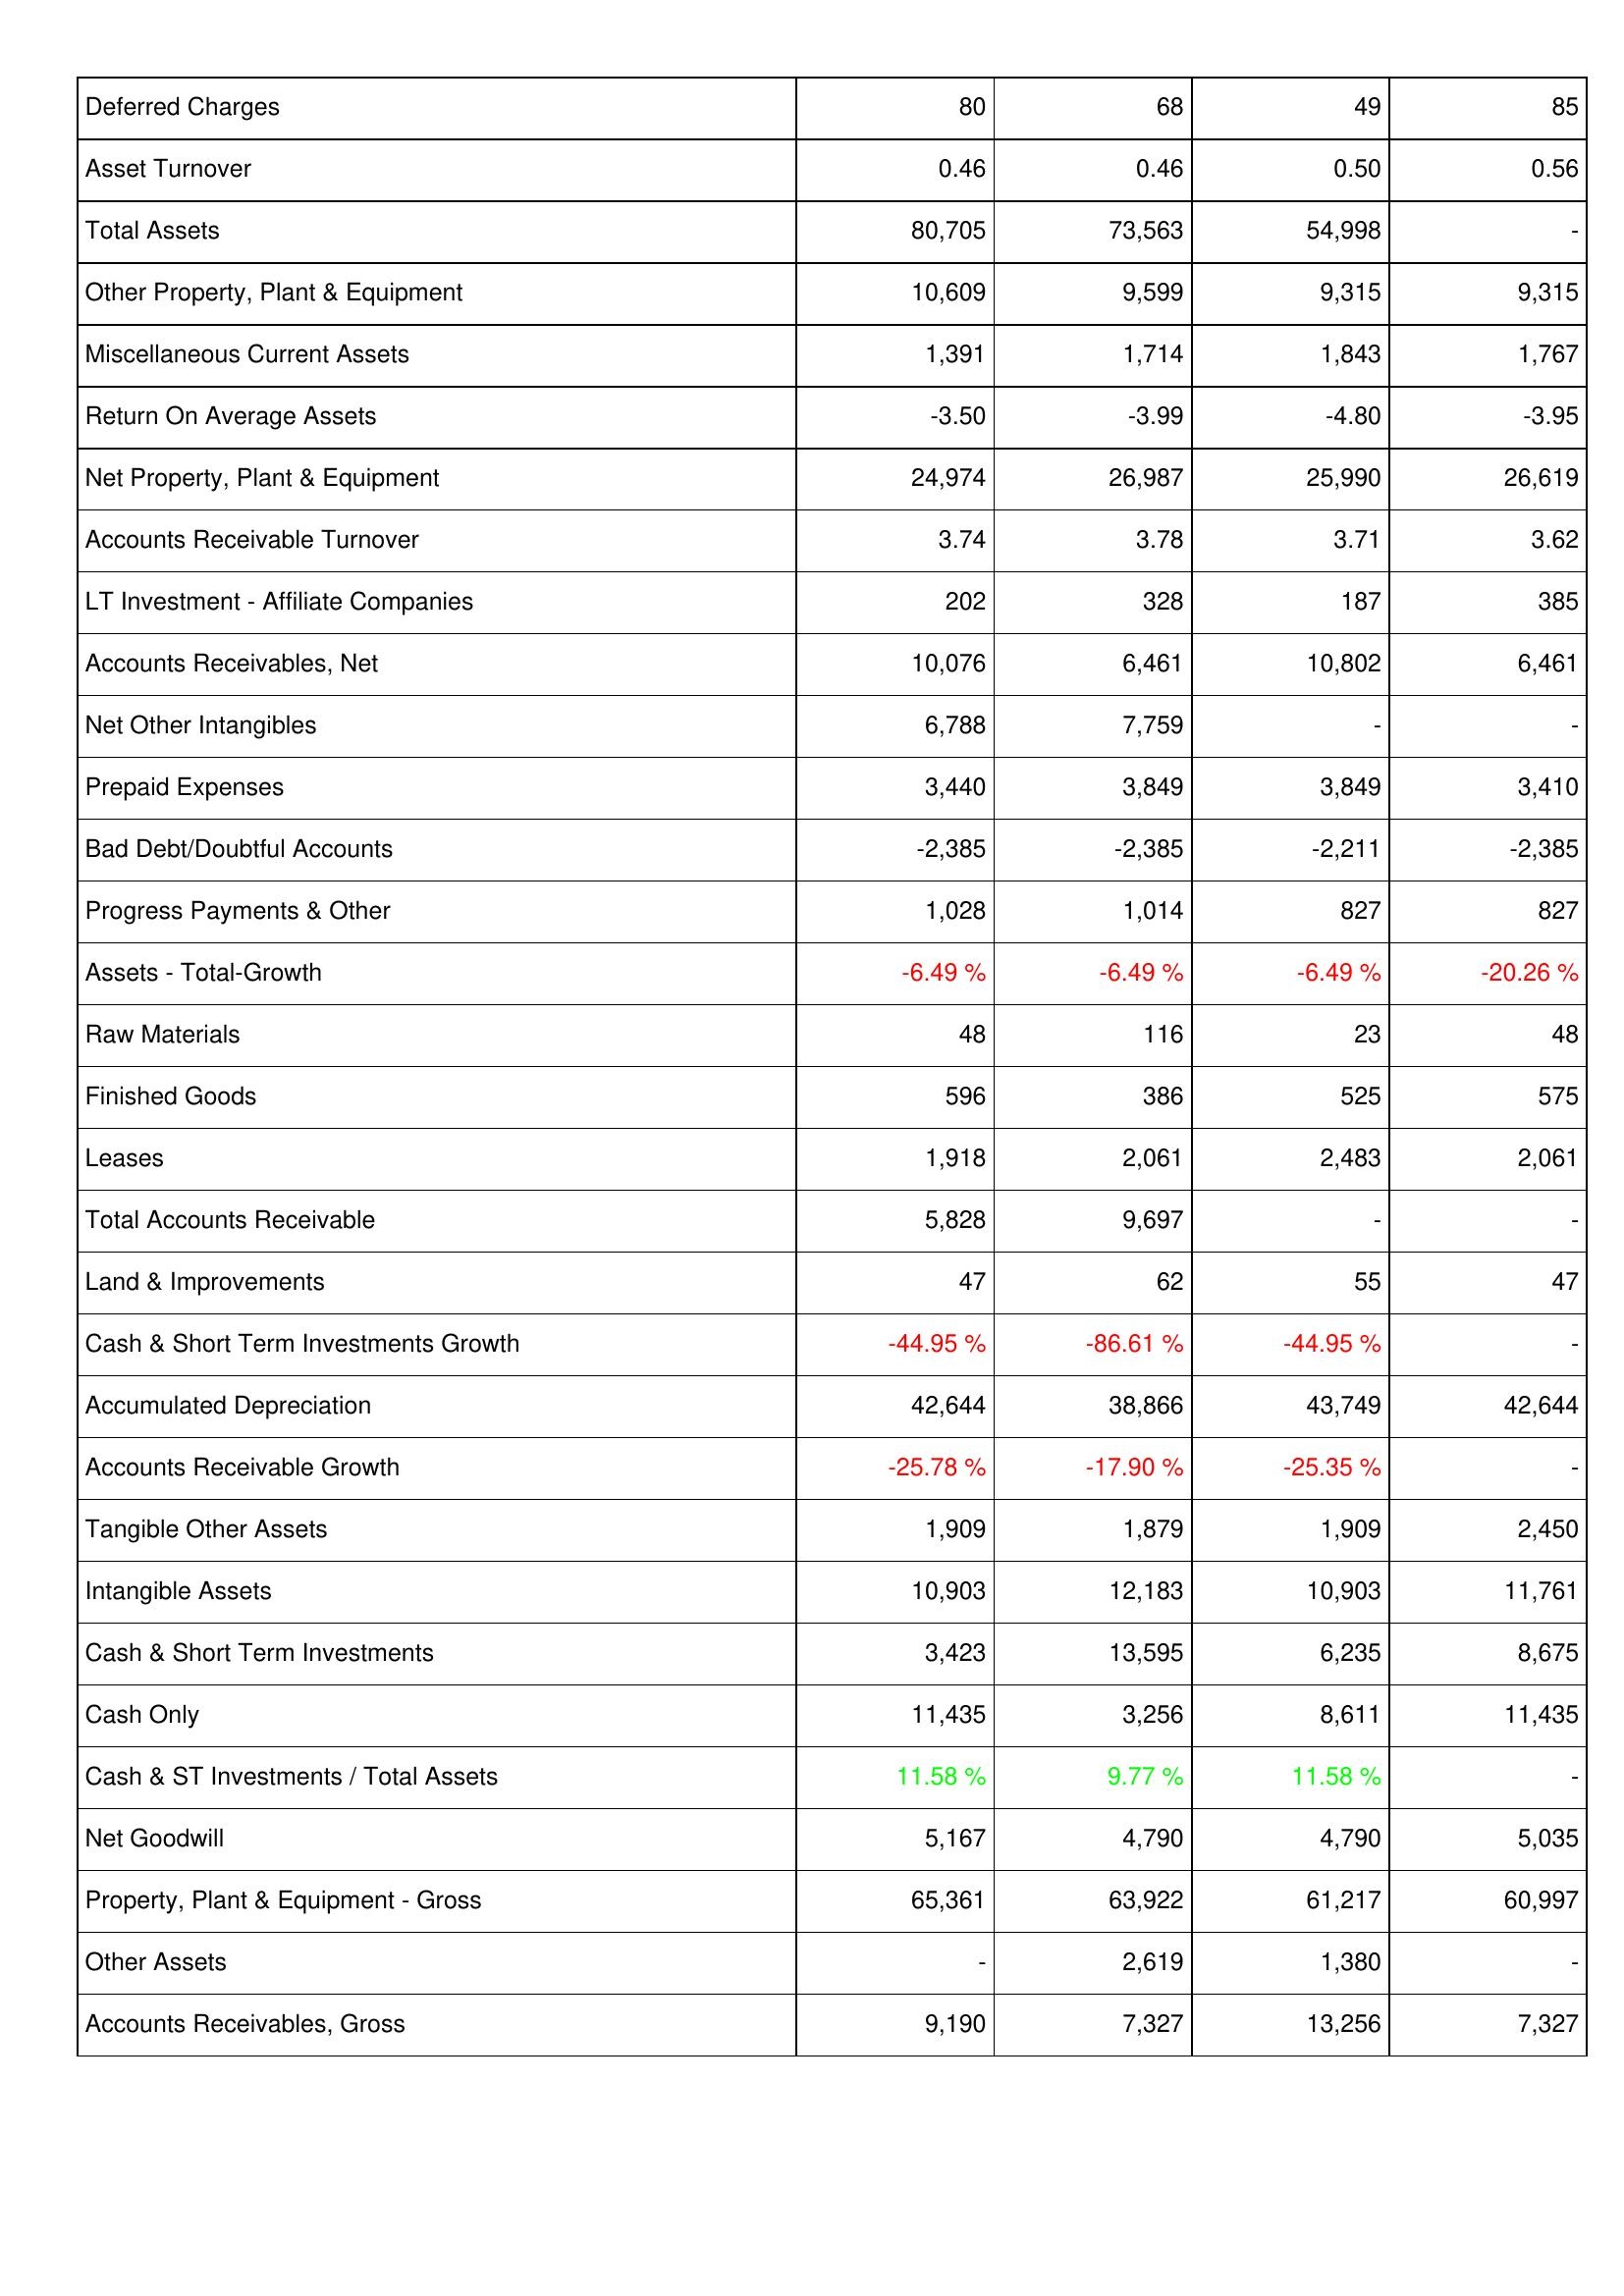
2006: Assets: Deferred Charges: 80
Asset Turnover: 0.46
Total Assets: 80,705
Other Property, Plant & Equipment: 10,609
Miscellaneous Current Assets: 1,391
Return On Average Assets: -3.50
Net Property, Plant & Equipment: 24,974
Accounts Receivable Turnover: 3.74
LT Investment - Affiliate Companies: 202
Accounts Receivables, Net: 10,076
Net Other Intangibles: 6,788
Prepaid Expenses: 3,440
Bad Debt/Doubtful Accounts: -2,385
Progress Payments & Other: 1,028
Assets - Total-Growth: -6.49 %
Raw Materials: 48
Finished Goods: 596
Leases: 1,918
Total Accounts Receivable: 5,828
Land & Improvements: 47
Cash & Short Term Investments Growth: -44.95 %
Accumulated Depreciation: 42,644
Accounts Receivable Growth: -25.78 %
Tangible Other Assets: 1,909
Intangible Assets: 10,903
Cash & Short Term Investments: 3,423
Cash Only: 11,435
Cash & ST Investments / Total Assets: 11.58 %
Net Goodwill: 5,167
Property, Plant & Equipment - Gross: 65,361
Other Assets: -
Accounts Receivables, Gross: 9,190
2007: Assets: Deferred Charges: 68
Asset Turnover: 0.46
Total Assets: 73,563
Other Property, Plant & Equipment: 9,599
Miscellaneous Current Assets: 1,714
Return On Average Assets: -3.99
Net Property, Plant & Equipment: 26,987
Accounts Receivable Turnover: 3.78
LT Investment - Affiliate Companies: 328
Accounts Receivables, Net: 6,461
Net Other Intangibles: 7,759
Prepaid Expenses: 3,849
Bad Debt/Doubtful Accounts: -2,385
Progress Payments & Other: 1,014
Assets - Total-Growth: -6.49 %
Raw Materials: 116
Finished Goods: 386
Leases: 2,061
Total Accounts Receivable: 9,697
Land & Improvements: 62
Cash & Short Term Investments Growth: -86.61 %
Accumulated Depreciation: 38,866
Accounts Receivable Growth: -17.90 %
Tangible Other Assets: 1,879
Intangible Assets: 12,183
Cash & Short Term Investments: 13,595
Cash Only: 3,256
Cash & ST Investments / Total Assets: 9.77 %
Net Goodwill: 4,790
Property, Plant & Equipment - Gross: 63,922
Other Assets: 2,619
Accounts Receivables, Gross: 7,327
2008: Assets: Deferred Charges: 49
Asset Turnover: 0.50
Total Assets: 54,998
Other Property, Plant & Equipment: 9,315
Miscellaneous Current Assets: 1,843
Return On Average Assets: -4.80
Net Property, Plant & Equipment: 25,990
Accounts Receivable Turnover: 3.71
LT Investment - Affiliate Companies: 187
Accounts Receivables, Net: 10,802
Net Other Intangibles: -
Prepaid Expenses: 3,849
Bad Debt/Doubtful Accounts: -2,211
Progress Payments & Other: 827
Assets - Total-Growth: -6.49 %
Raw Materials: 23
Finished Goods: 525
Leases: 2,483
Total Accounts Receivable: -
Land & Improvements: 55
Cash & Short Term Investments Growth: -44.95 %
Accumulated Depreciation: 43,749
Accounts Receivable Growth: -25.35 %
Tangible Other Assets: 1,909
Intangible Assets: 10,903
Cash & Short Term Investments: 6,235
Cash Only: 8,611
Cash & ST Investments / Total Assets: 11.58 %
Net Goodwill: 4,790
Property, Plant & Equipment - Gross: 61,217
Other Assets: 1,380
Accounts Receivables, Gross: 13,256
2009: Assets: Deferred Charges: 85
Asset Turnover: 0.56
Total Assets: -
Other Property, Plant & Equipment: 9,315
Miscellaneous Current Assets: 1,767
Return On Average Assets: -3.95
Net Property, Plant & Equipment: 26,619
Accounts Receivable Turnover: 3.62
LT Investment - Affiliate Companies: 385
Accounts Receivables, Net: 6,461
Net Other Intangibles: -
Prepaid Expenses: 3,410
Bad Debt/Doubtful Accounts: -2,385
Progress Payments & Other: 827
Assets - Total-Growth: -20.26 %
Raw Materials: 48
Finished Goods: 575
Leases: 2,061
Total Accounts Receivable: -
Land & Improvements: 47
Cash & Short Term Investments Growth: -
Accumulated Depreciation: 42,644
Accounts Receivable Growth: -
Tangible Other Assets: 2,450
Intangible Assets: 11,761
Cash & Short Term Investments: 8,675
Cash Only: 11,435
Cash & ST Investments / Total Assets: -
Net Goodwill: 5,035
Property, Plant & Equipment - Gross: 60,997
Other Assets: -
Accounts Receivables, Gross: 7,327